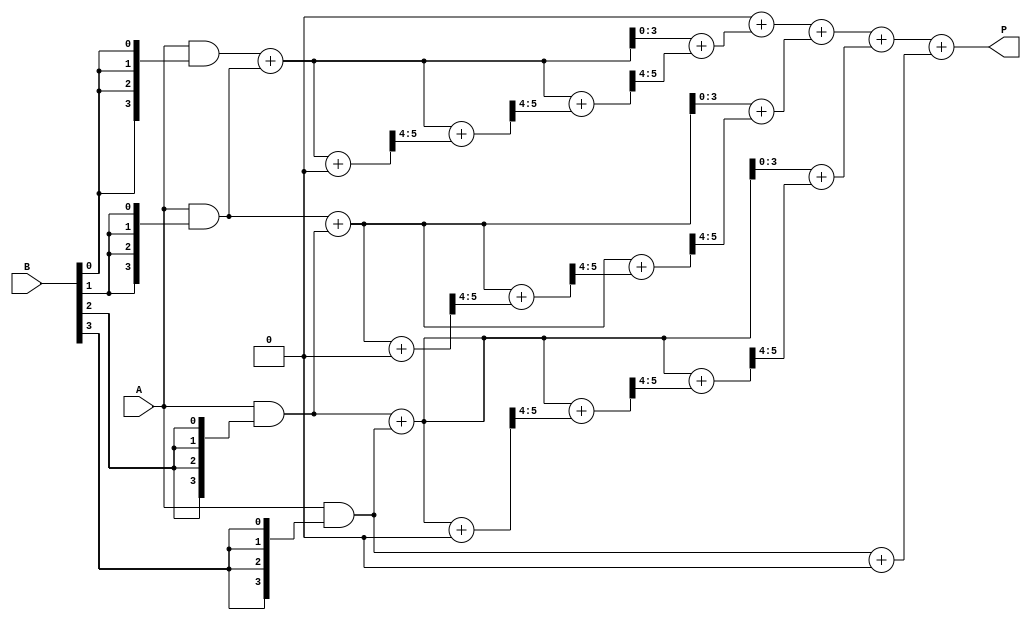
module dadda_multiplier #(parameter n = 4) (
    input [n-1:0] A,
    input [n-1:0] B,
    output reg [2*n-1:0] P
);

    // Partial product generation
    wire [n-1:0] pp [n-1:0]; // Partial products
    genvar i, j;
    generate
        for (i = 0; i < n; i = i + 1) begin : pp_gen
            assign pp[i] = A & {n{B[i]}};
        end
    endgenerate

    // Reduction tree
    wire [n-1:0] sum [n-1:0]; // Sums of partial products
    wire [n-1:0] carry [n-1:0]; // Carries from adders

    // Stage 1: Combine partial products
    integer stage, row;
    always @* begin
        // Initialize sums and carries
        for (row = 0; row < n; row = row + 1) begin
            sum[row] = 0;
            carry[row] = 0;
        end

        // Combine partial products using half and full adders
        for (stage = 0; stage < n; stage = stage + 1) begin
            for (row = 0; row < n; row = row + 1) begin
                if (row < n-1) begin
                    {carry[row], sum[row]} = pp[row] + pp[row+1] + carry[row];
                end else begin
                    sum[row] = pp[row] + carry[row];
                end
            end
        end
    end

    // Final addition stage
    always @* begin
        P = 0;
        for (row = 0; row < n; row = row + 1) begin
            P = P + sum[row];
        end
    end

endmodule